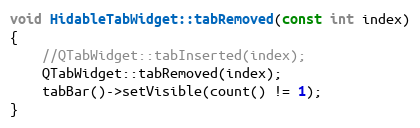
Language: C++
void HidableTabWidget::tabRemoved(const int index)
{
    //QTabWidget::tabInserted(index);
    QTabWidget::tabRemoved(index);
    tabBar()->setVisible(count() != 1);
}